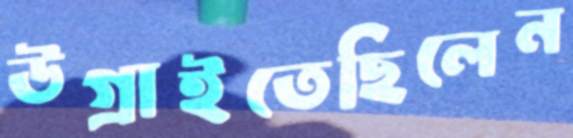
উগ্‌রাইতেছিলেন